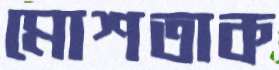
মোশতাক